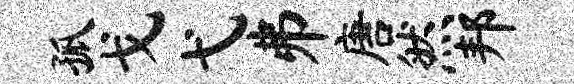
孤戈弋井唐然邦